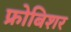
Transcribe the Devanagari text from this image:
फ्रोबिशर